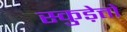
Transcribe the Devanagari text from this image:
स्कुड़ेत्तो